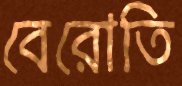
বেরোতি